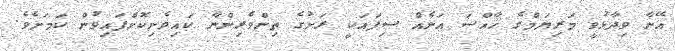
އޭނާ ވިދާޅުވީ މަރިޔަމްގެ ޚާއްސަ އަނެއް ސިފައަކީ ރަށުގެ ތިންވެރިންނާ ކައިވެނިކޮށްފައިވުން ކަމަށެވެ.